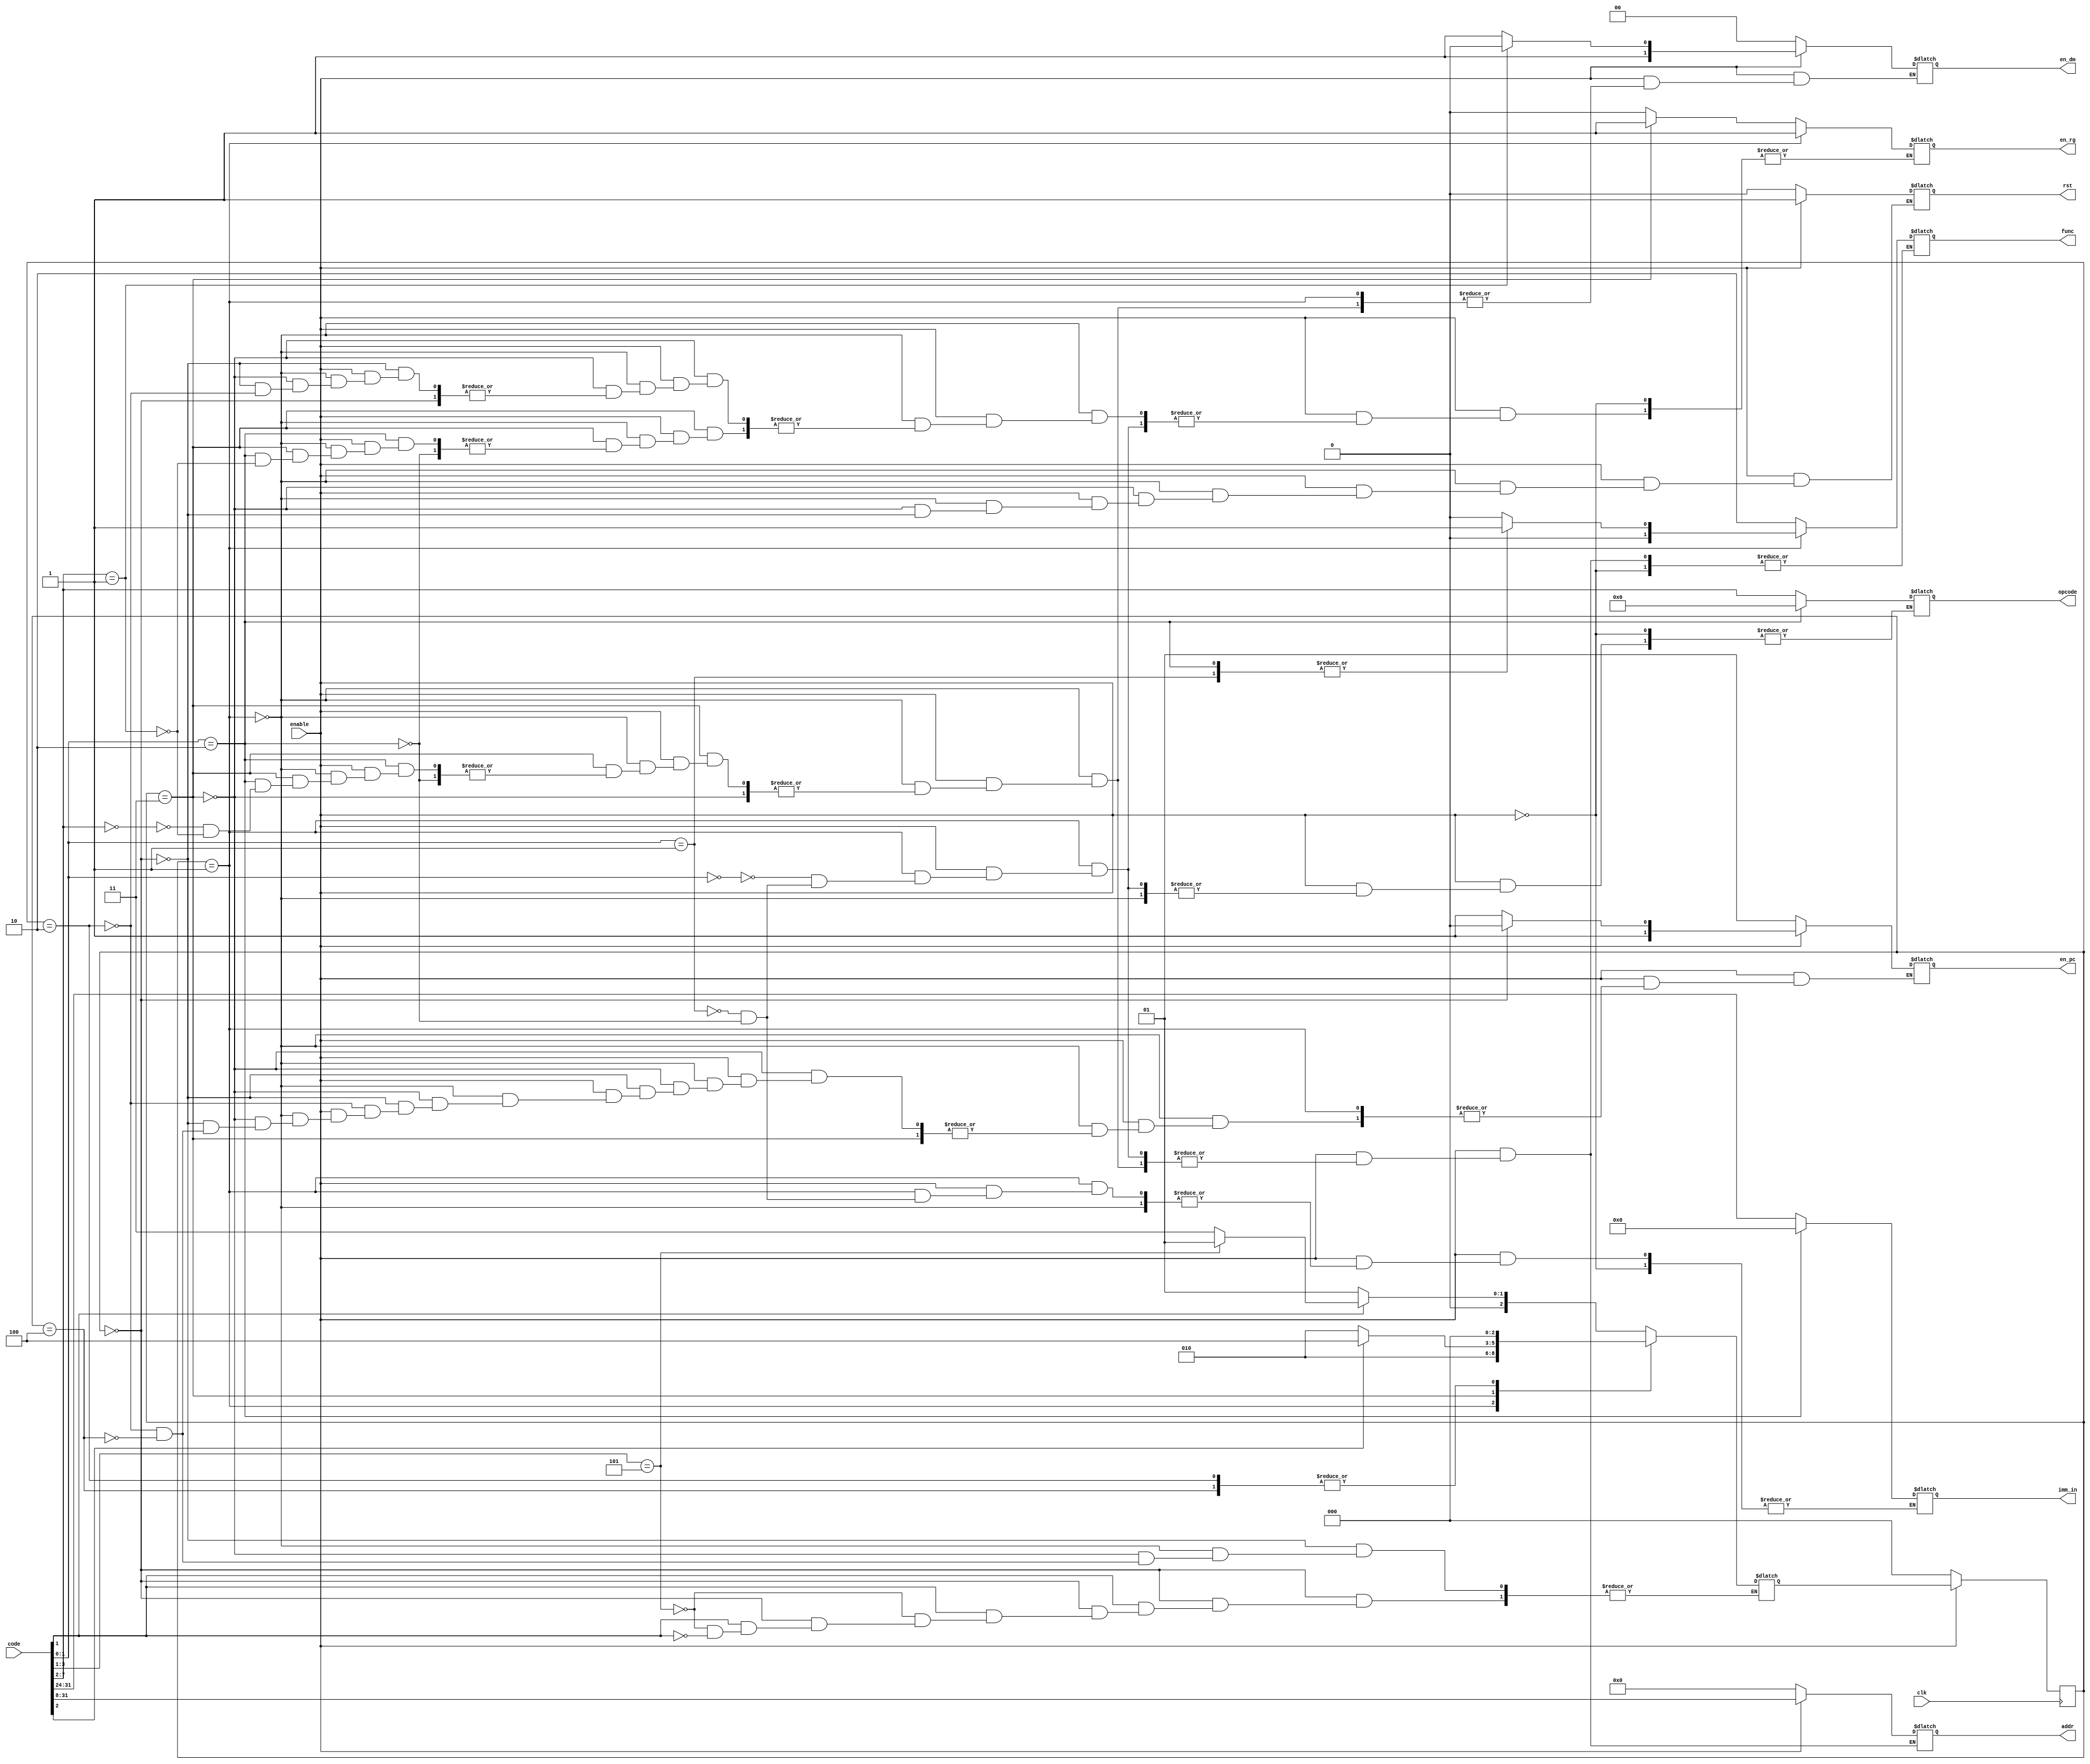
module controller(clk, code, en_dm, addr, imm_in, en_rg, rst, opcode, enable, en_pc,func);
input clk;
input enable;
input [31:0] code;
output [1:0] en_dm;//00 is clear, 01 is do nothing, 10 is load , 11 is store
output [23:0] addr;
output [7:0] imm_in;
output en_rg;
output [1:0] func;
output [1:0] en_pc;//00 is clear, 01 is do nothing, 10 is output address, 11 is address plus 1
output rst;
output [5:0] opcode;
reg [1:0] en_dm;
reg [23:0] addr;
reg [1:0] en_pc;
reg [1:0] func;
reg [7:0] imm_in;
reg en_rg;
reg rst;
reg [5:0] opcode;
reg [2:0] state;
reg [2:0] next_state;
reg [31:0] judge;
parameter  IF = 3'b000, EX = 3'b001,WB = 3'b010, ME = 3'b011,WB_M = 3'b100;


always@(*) begin
case(state) 
 IF: begin
  if(code[1] == 0) begin
  next_state = EX;
  end
  else if(code[3:1] == 3'b101) begin
  next_state = EX;
  end
  else if(code[1] == 1) begin
  next_state = ME;
  end
 end
 EX: begin
 next_state = WB;
 end
 ME: begin
 if(code[2] == 1) begin
 next_state = WB_M;
 end
 else begin
 next_state = WB;
 end
 end
 WB: begin
 next_state = IF;
 end
 WB_M: begin
  next_state = IF;
 end
endcase
end

always@(posedge clk) begin
if(enable) begin
 state <= next_state;
end
else begin
state <= IF;
end 
end

always@(*) begin
 if(!enable) begin
  en_dm = 2'b00;
  addr = 24'h000000;
  rst = 0;
  en_pc = 2'b01;
 end
 else begin
 if (state == EX) begin
      rst = 1;
      case(code[1:0]) 
          2'b00:begin
          func = 2'b00;
          en_rg = 1;
          addr = code[31:8];
          opcode = code[7:2];
          end
          
          2'b01:begin
          func = 2'b01;
          imm_in = code[31:24];
          addr = code[31:8];
          en_rg = 1;
          opcode = code[7:2];
          end
          
          2'b10:begin
//          if(code[7:2] == 6'b000010) begin
           func = 2'b01;
           imm_in = 8'h00;
           addr = code[31:8];
           en_rg = 1;
           opcode = 6'b000000;
//           end
          end
          endcase
     end
 else if (state == ME) begin
          rst = 1;
          if (code[1:0] == 2'b10)
          begin       
           case(code[7:2])
           6'b000000: begin
           en_dm = 2'b11;
           func = 2'b10;
            addr = code[31:8];
           end
           
           6'b000001: begin
           func = 2'b10;
            en_dm = 2'b10;//changed at 5.28 oringin 10
            en_rg = 1;
            addr = code[31:8];
           end
           
          
           endcase
       end   
 end
 else if(state == IF) begin
      rst = 1;
//      en_dm = 2'b00;//5.31
      en_pc = 2'b10;
      
 end
 else if(state == WB) begin
          en_rg = 0;
          en_pc = 2'b11;//get next code
         
 end 
 
 else if(state == WB_M) begin
//          en_rg = 1;
          en_pc = 2'b11;//get next code
 end
 end
end
endmodule